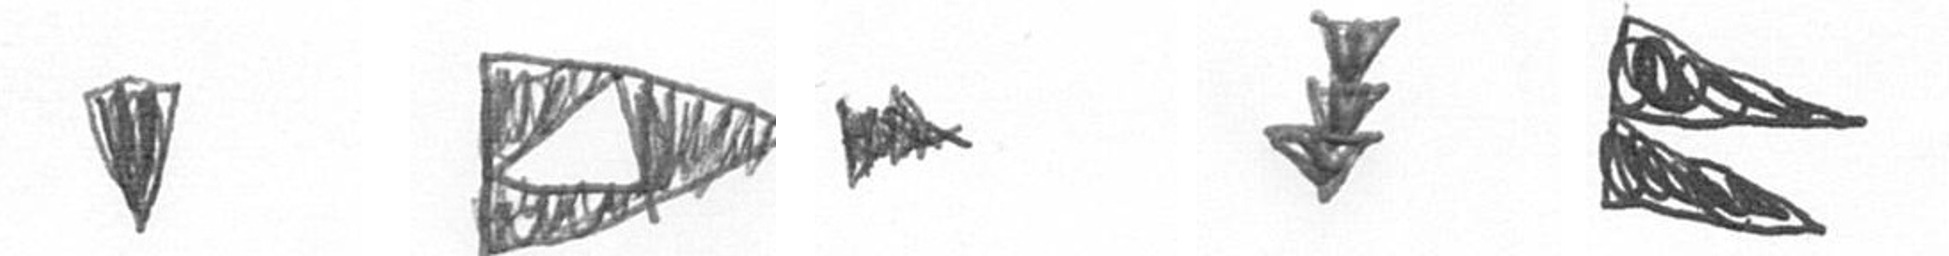
J K A E P